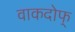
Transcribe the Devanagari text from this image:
वाकदोफ्